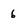
Character: 6